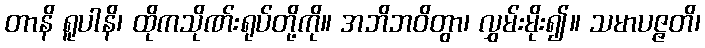
တာနိ ရူပါနိ၊ ထိုကသိုဏ်းရုပ်တို့ကို။ အဘိဘဝိတွာ၊ လွှမ်းမိုး၍။ သမာပဇ္ဇတိ၊